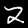
Digit: 2